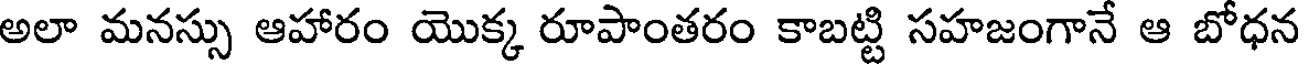
అలా మనస్సు ఆహారం యొక్క రూపాంతరం కాబట్టి సహజంగానే ఆ బోధన